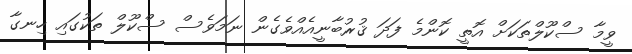
ވީމާ ސްކޫލްތަކަށް އޮތީ ކޮންމެ ފަދަ ޤުރުބާނީއެއްވެގެން ނަމަވެސް ސްކޫލް ތަކުގައި ހިނގާ